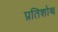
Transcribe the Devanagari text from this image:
प्रतिशोथ